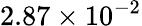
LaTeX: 2.87\times 10^{-2}